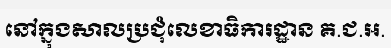
នៅក្នុងសាលប្រជុំលេខាធិការដ្ឋាន គ.ជ.អ.